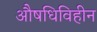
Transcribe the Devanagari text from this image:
औषधिविहीन